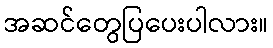
အဆင်တွေပြပေးပါလား။